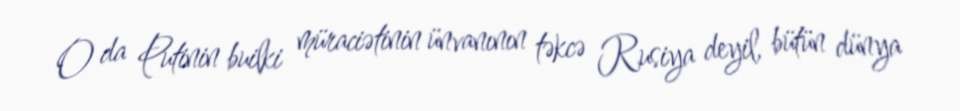
O da Putinin builki müraciətinin ünvanının təkcə Rusiya deyil, bütün dünya